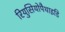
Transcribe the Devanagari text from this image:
रियुसियोपैथाइडि